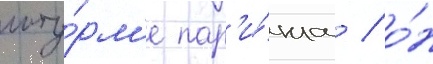
шту́рм'е пар'и́жа / о́н